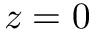
z = 0